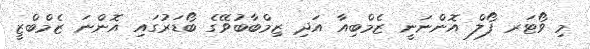
މި ވޯޓަރ ފޯލް އޮންނަނީ ޒެމްބިއާ އަދި ޒިމްބާބުވޭގެ ބޯޑަރުގައި އޮންނަ ޒެމްބްޒީ